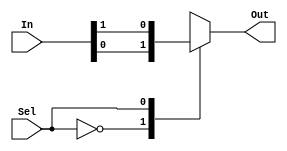
module Mux (In,Sel,Out);

input [1:0] In;
output reg Out;
input Sel;

always @(In,Sel)
begin
    case (Sel)
        2'b00: Out = In[0];
        2'b01: Out = In[1];
    endcase
end
endmodule